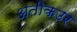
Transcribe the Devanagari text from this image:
अतीकउर